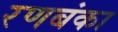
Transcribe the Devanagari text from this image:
रणबंका